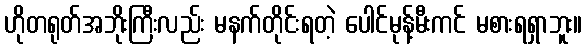
ဟိုတရုတ်အဘိုးကြီးလည်း မနက်တိုင်းရတဲ့ ပေါင်မုန့်မီးကင် မစားရရှာဘူး။